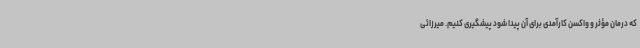
که درمان مؤثر و واکسن کارآمدی برای آن پیدا شود پیشگیری کنیم. میرزائی